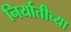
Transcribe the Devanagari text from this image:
निर्यातीच्या